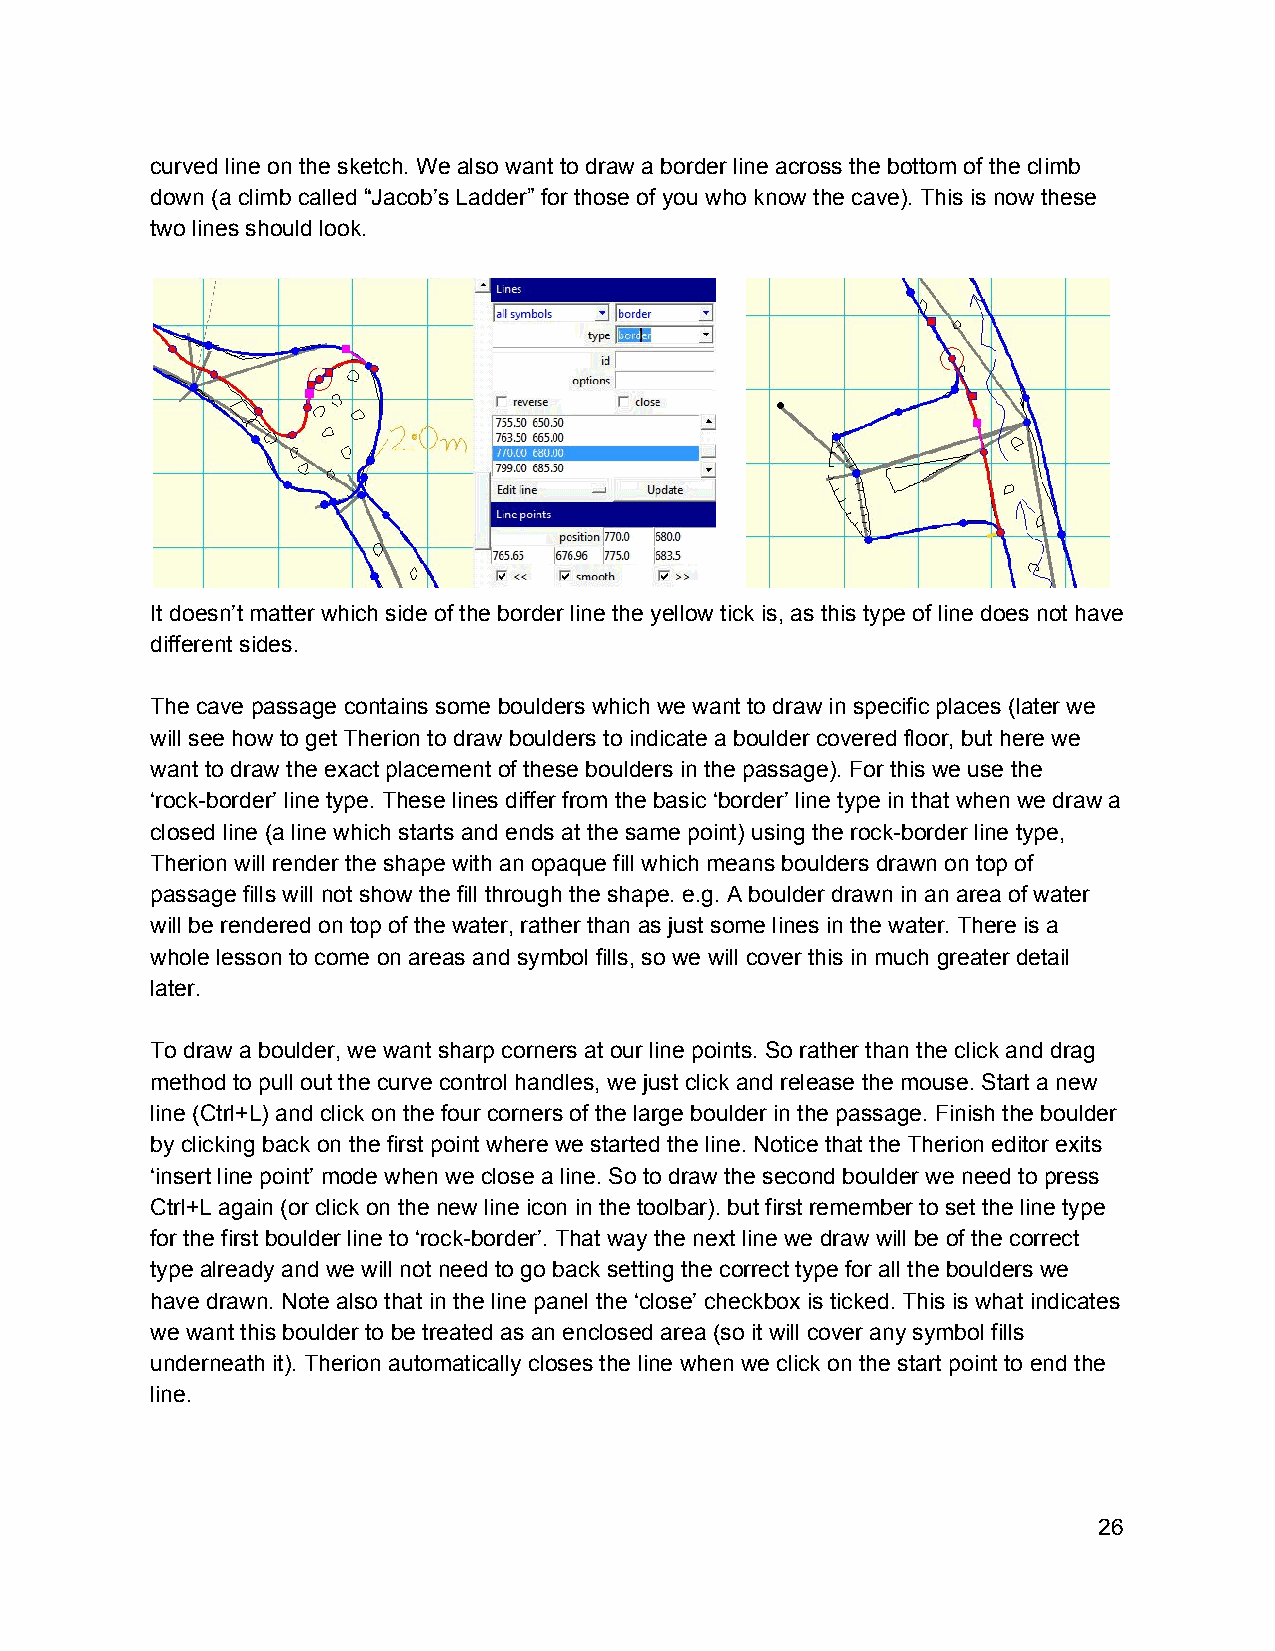
curved line on the sketch. We also want to draw a border line across the bottom of the climb
 down (a climb called “Jacob’s Ladder” for those of you who know the cave). This is now these
 two lines should look.
 It doesn’t matter which side of the border line the yellow tick is, as this type of line does not have
 different sides.
 The cave passage contains some boulders which we want to draw in specific places (later we
 will see how to get Therion to draw boulders to indicate a boulder covered floor, but here we
 want to draw the exact placement of these boulders in the passage). For this we use the
 ‘rock­border’ line type. These lines differ from the basic ‘border’ line type in that when we draw a
 closed line (a line which starts and ends at the same point) using the rock­border line type,
 Therion will render the shape with an opaque fill which means boulders drawn on top of
 passage fills will not show the fill through the shape. e.g. A boulder drawn in an area of water
 will be rendered on top of the water, rather than as just some lines in the water. There is a
 whole lesson to come on areas and symbol fills, so we will cover this in much greater detail
 later.
 To draw a boulder, we want sharp corners at our line points. So rather than the click and drag
 method to pull out the curve control handles, we just click and release the mouse. Start a new
 line (Ctrl+L) and click on the four corners of the large boulder in the passage. Finish the boulder
 by clicking back on the first point where we started the line. Notice that the Therion editor exits
 ‘insert line point’ mode when we close a line. So to draw the second boulder we need to press
 Ctrl+L again (or click on the new line icon in the toolbar). but first remember to set the line type
 for the first boulder line to ‘rock­border’. That way the next line we draw will be of the correct
 type already and we will not need to go back setting the correct type for all the boulders we
 have drawn. Note also that in the line panel the ‘close’ checkbox is ticked. This is what indicates
 we want this boulder to be treated as an enclosed area (so it will cover any symbol fills
 underneath it). Therion automatically closes the line when we click on the start point to end the
 line.
 26